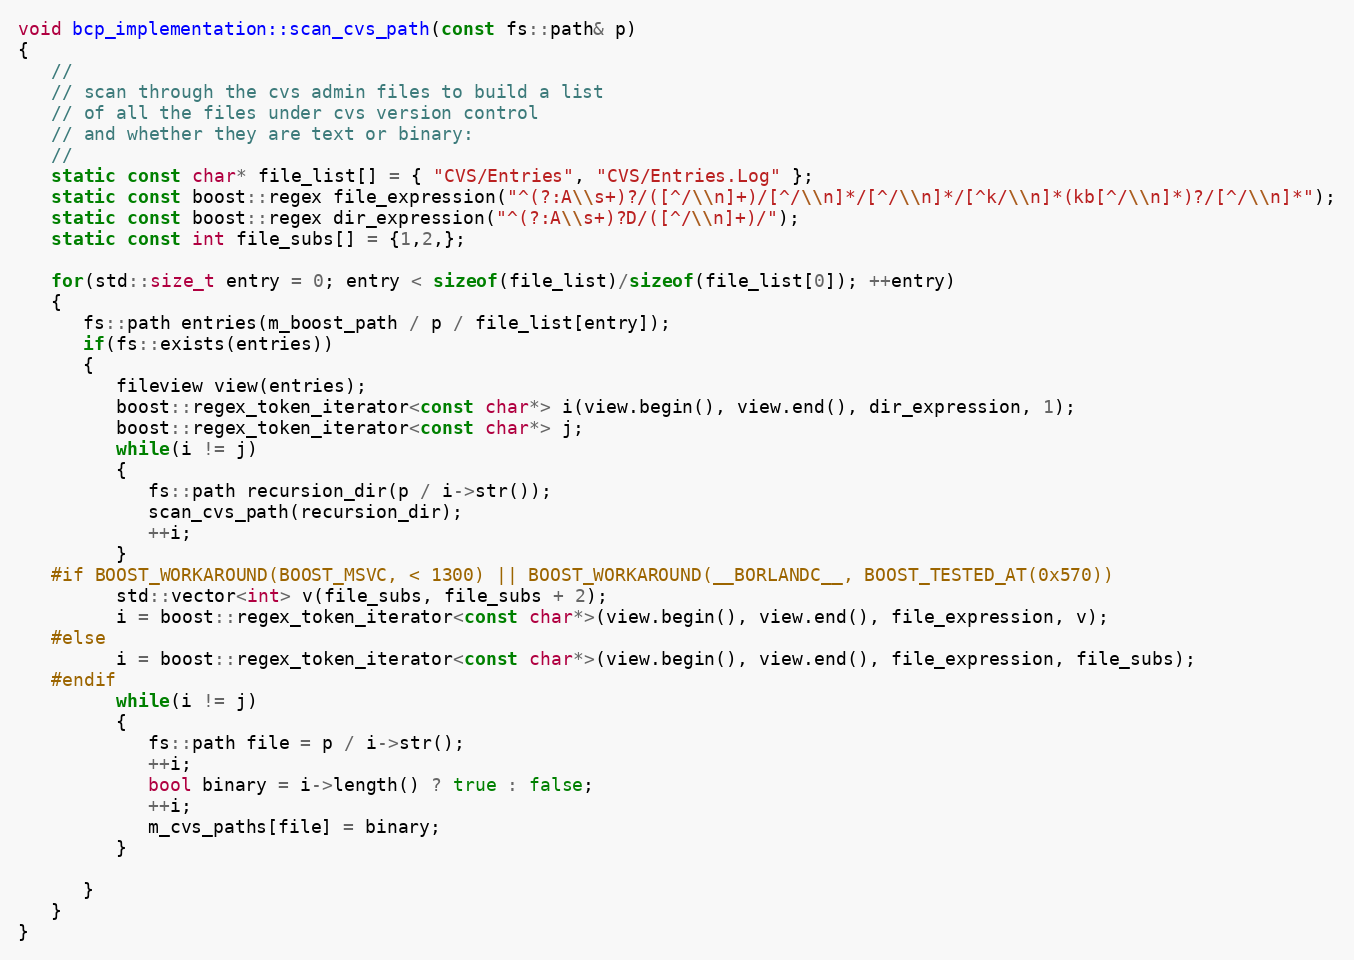
Language: C++
void bcp_implementation::scan_cvs_path(const fs::path& p)
{
   //
   // scan through the cvs admin files to build a list
   // of all the files under cvs version control
   // and whether they are text or binary:
   //
   static const char* file_list[] = { "CVS/Entries", "CVS/Entries.Log" };
   static const boost::regex file_expression("^(?:A\\s+)?/([^/\\n]+)/[^/\\n]*/[^/\\n]*/[^k/\\n]*(kb[^/\\n]*)?/[^/\\n]*");
   static const boost::regex dir_expression("^(?:A\\s+)?D/([^/\\n]+)/");
   static const int file_subs[] = {1,2,};

   for(std::size_t entry = 0; entry < sizeof(file_list)/sizeof(file_list[0]); ++entry)
   {
      fs::path entries(m_boost_path / p / file_list[entry]);
      if(fs::exists(entries))
      {
         fileview view(entries);
         boost::regex_token_iterator<const char*> i(view.begin(), view.end(), dir_expression, 1);
         boost::regex_token_iterator<const char*> j;
         while(i != j)
         {
            fs::path recursion_dir(p / i->str());
            scan_cvs_path(recursion_dir);
            ++i;
         }
   #if BOOST_WORKAROUND(BOOST_MSVC, < 1300) || BOOST_WORKAROUND(__BORLANDC__, BOOST_TESTED_AT(0x570))
         std::vector<int> v(file_subs, file_subs + 2);
         i = boost::regex_token_iterator<const char*>(view.begin(), view.end(), file_expression, v);
   #else
         i = boost::regex_token_iterator<const char*>(view.begin(), view.end(), file_expression, file_subs);
   #endif
         while(i != j)
         {
            fs::path file = p / i->str();
            ++i;
            bool binary = i->length() ? true : false;
            ++i;
            m_cvs_paths[file] = binary;
         }

      }
   }
}